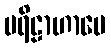
ပရိဠာဟာပေ